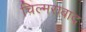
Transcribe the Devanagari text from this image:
चिल्मराबाद